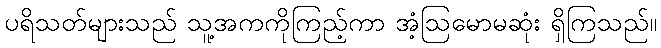
ပရိသတ်များသည် သူ့အကကိုကြည့်ကာ အံ့ဩမောမဆုံး ရှိကြသည်။